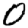
Digit: 0